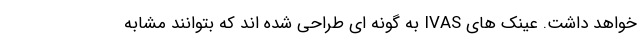
خواهد داشت. عینک های IVAS به گونه ای طراحی شده اند که بتوانند مشابه